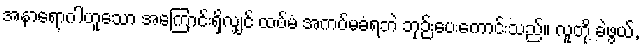
အနာရောဂါဟူသော အကြောင်းရှိလျှင် ထပ်မံ အကပ်မခံရဘဲ ဘုဉ်းပေးကောင်းသည်။ လူတို့ ခဲဖွယ်,